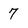
Character: 7